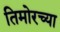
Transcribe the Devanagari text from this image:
तिमोरच्या